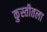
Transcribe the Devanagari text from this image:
कुस्तीतला